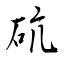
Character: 砊